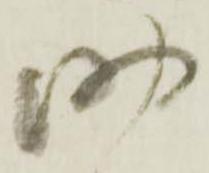
助